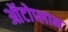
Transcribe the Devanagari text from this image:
ऑटोप्लान